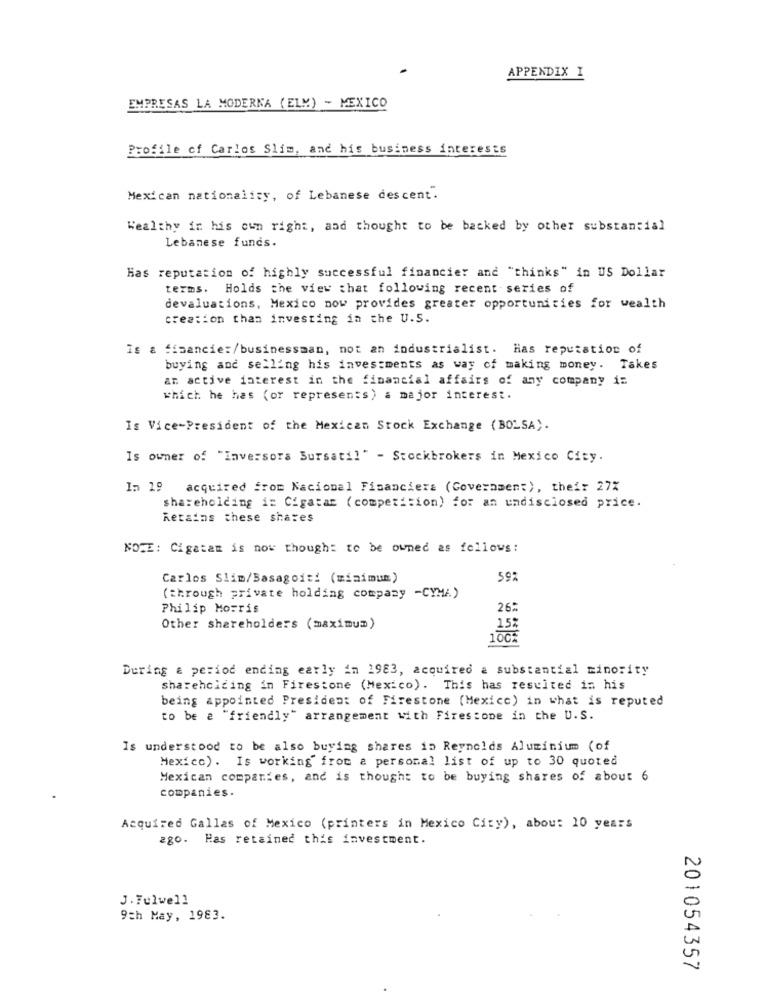
APPENDIX I
EMPRESAS LA MODERNA (ELM) - MEXICO
Profile of Carlos Slim, and his business interests
Mexican nationality, of Lebanese descent.
Wealthy in his own right, and thought to be backed by other substantial
Lebanese funds.
Has reputation of highly successful financier and "thinks" in US Dollar
terms. Holds the view that following recent series of
devaluations, Mexico now provides greater opportunities for wealth
creation than investing in the U.S.
Is & fisancie:/businessman, not an industrialist. Has reputation of
buying and selling his investments as way of making money. Takes
an active interest in the financial affairs of any company i=
which he has (or represents) a major interest.
Is Vice-President of the Mexican Stock Exchange (BOLSA).
Is owner of "Inversora Bursatil" - Stockbrokers in Mexico City.
I= 19
acquired from Nacional Financiera (Government), their 27%
shareholding i: Cigatan (competition) for an undisclosed price.
Retains these shares
NOTE: Cigatan is now though: to be owned as follows:
Carlos Slim/Basagoiti (minimum)
59%
(=trough private holding company -CYMA)
Philip Morris
26:
Other shareholders (maximum)
During & period ending early in 1983, acquired a substantial minority
shareholding in Firestone (Mexico). This has resulted in his
being appointed President of Firestone (Mexicc) in what is reputed
to be a "friendly" arrangement with Firestone in the U.S.
Is understood to be also buying shares in Reynolds Aluminium (of
Mexico). Is working from a personal list of up to 30 quoted
Mexican companies, and is thought to be buying shares of about 6
companies.
Acquired Gallas of Mexico (printers in Mexico City), abou: 10 years
ago. Has retained this investment.
J. Fulwell
9th May, 1983.
201054357